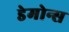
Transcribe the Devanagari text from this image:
डेमोन्स